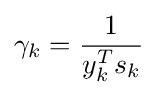
\gamma _{k}={\frac {1}{y_{k}^{T}s_{k}}}